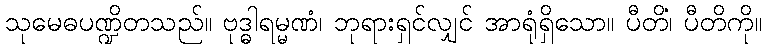
သုမေဓပဏ္ဍိတသည်။ ဗုဒ္ဓါရမ္မဏံ၊ ဘုရားရှင်လျှင် အာရုံရှိသော။ ပီတိံ၊ ပီတိကို။